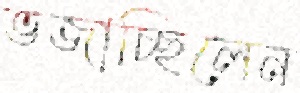
ভজাচ্ছিলেন